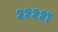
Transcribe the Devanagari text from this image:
श्श्श्श